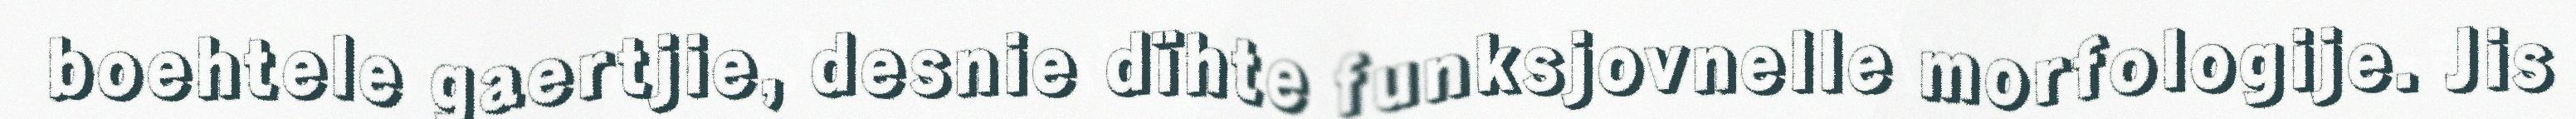
boehtele gaertjie, desnie dïhte funksjovnelle morfologije. Jis